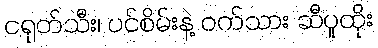
ငရုတ်သီး၊ ပင်စိမ်းနဲ့ ဝက်သား ဆီပူထိုး